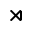
\rtimes